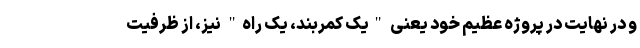
و در نهایت در پروژه عظیم خود یعنی "یک کمربند، یک راه" نیز، از ظرفیت